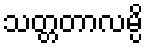
သတ္တတာလမ္ပိ